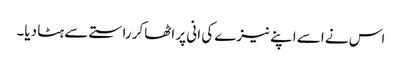
اس نے اسے اپنے نیزے کی انی پر اٹھاکر راستے سے ہٹا دیا۔